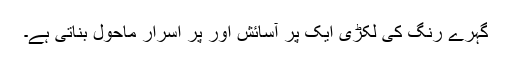
گہرے رنگ کی لکڑی ایک پر آسائش اور پر اسرار ماحول بناتی ہے۔